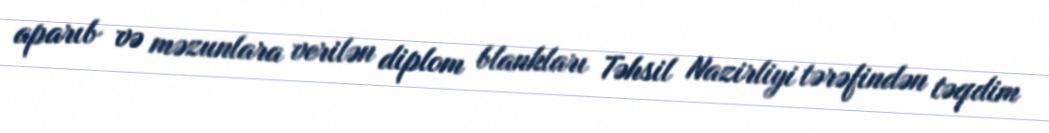
aparıb və məzunlara verilən diplom blankları Təhsil Nazirliyi tərəfindən təqdim